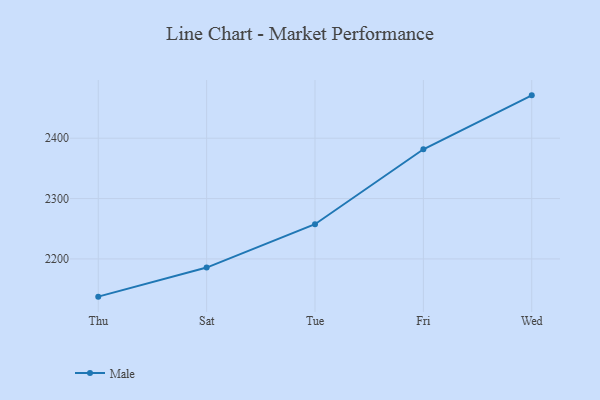
{"axis": {"x": "Day", "y": "Customer Acquisition Cost (USD)"}, "legend": ["Male"], "data": [{"x": "Thu", "y": 2137.5, "type": "Male"}, {"x": "Sat", "y": 2185.7, "type": "Male"}, {"x": "Tue", "y": 2257.5, "type": "Male"}, {"x": "Fri", "y": 2381.7, "type": "Male"}, {"x": "Wed", "y": 2471.0, "type": "Male"}]}